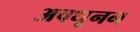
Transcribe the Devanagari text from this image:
अवधूनन